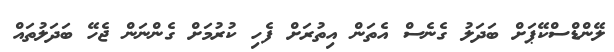
ލޭންޑްސްކޭޕަށް ބަދަލު ގެނެސް އެތަން އިތުރަށް ފެހި ކުރުމަށް ގެންނަން ޖެހޭ ބަދަލުތައް